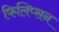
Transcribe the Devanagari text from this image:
फिलिप्सन